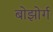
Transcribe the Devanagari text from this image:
बोझोर्ग